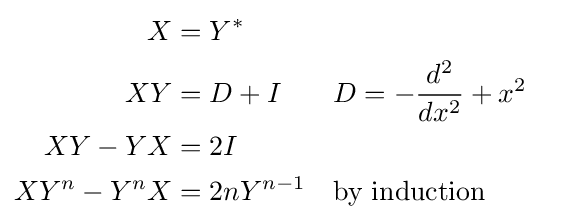
{\begin{aligned}X&=Y^{*}\\XY&=D+I&&D=-{d^{2} \over dx^{2}}+x^{2}\\XY-YX&=2I\\XY^{n}-Y^{n}X&=2nY^{n-1}&&{\text{by induction}}\end{aligned}}